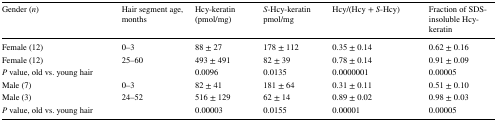
<table><thead><tr><td><b>Gender (<i>n</i>)</b></td><td><b>Hair segment age, months</b></td><td><b>Hcy-keratin (pmol/mg)</b></td><td><b><i>S</i>-Hcy-keratin pmol/mg</b></td><td><b>Hcy/(Hcy + <i>S</i>-Hcy)</b></td><td><b>Fraction of SDS-insoluble Hcy-keratin</b></td></tr></thead><tbody><tr><td>Female (12)</td><td>0–3</td><td>88 ± 27</td><td>178 ± 112</td><td>0.35 ± 0.14</td><td>0.62 ± 0.16</td></tr><tr><td>Female (12)</td><td>25–60</td><td>493 ± 491</td><td>82 ± 39</td><td>0.78 ± 0.14</td><td>0.91 ± 0.09</td></tr><tr><td colspan="2"><i>P</i> value, old vs. young hair</td><td>0.0096</td><td>0.0135</td><td>0.0000001</td><td>0.00005</td></tr><tr><td>Male (7)</td><td>0–3</td><td>82 ± 41</td><td>181 ± 64</td><td>0.31 ± 0.11</td><td>0.51 ± 0.10</td></tr><tr><td>Male (3)</td><td>24–52</td><td>516 ± 129</td><td>62 ± 14</td><td>0.89 ± 0.02</td><td>0.98 ± 0.03</td></tr><tr><td colspan="2"><i>P</i> value, old vs. young hair</td><td>0.00003</td><td>0.0155</td><td>0.00001</td><td>0.00005</td></tr></tbody></table>